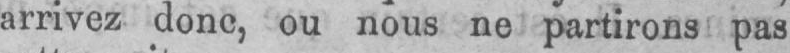
arrivez donc, ou nous ne partirons pas